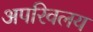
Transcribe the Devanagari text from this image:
अपरिवलय